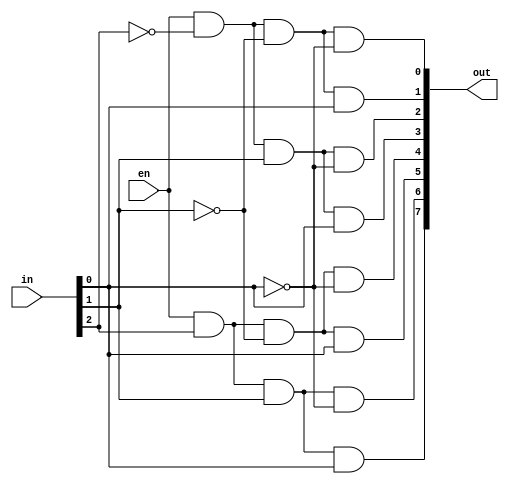
module decoder(input [0:2]in,input en,output [7:0]out);
and g1(out[0],en,~in[0],~in[1],~in[2]);
and g2(out[1],en,~in[0],~in[1],in[2]);
and g3(out[2],en,~in[0],in[1],~in[2]);
and g4(out[3],en,~in[0],in[1],in[2]);
and g5(out[4],en,in[0],~in[1],~in[2]);
and g6(out[5],en,in[0],~in[1],in[2]);
and g7(out[6],en,in[0],in[1],~in[2]);
and g8(out[7],en,in[0],in[1],in[2]);
endmodule